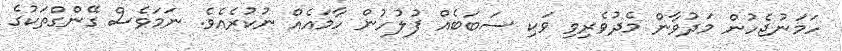
ހަމަނުޖެހުން މަދުވާން މެދުވެރިވި ވަކި ސަބަބެއް ފުލުހުން ހާމައެއް ނުކުރެއެވެ. ނަމަވެސް ގޭންގްތަކުގެ